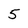
Character: 5